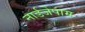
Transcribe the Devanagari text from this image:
नार्डजेपाम